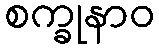
စက္ခုနာဝ